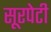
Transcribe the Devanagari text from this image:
सूरपेटी